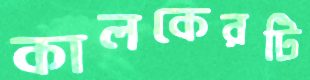
কালকেরটি